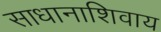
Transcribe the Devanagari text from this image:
साधानाशिवाय